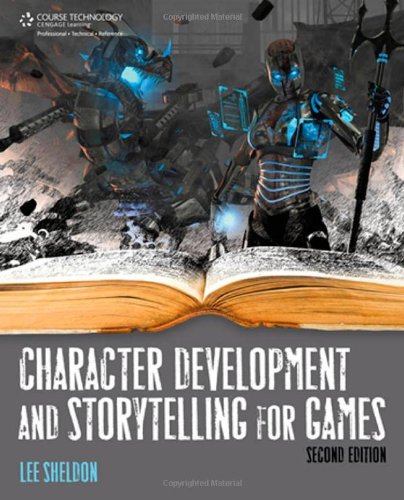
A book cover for Character Development And Storytelling For Games; Lee Sheldon; Computers & Technology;